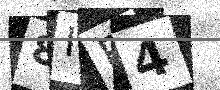
Text: 8IE4